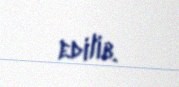
edilib.